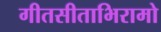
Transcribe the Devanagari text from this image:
गीतसीताभिरामो